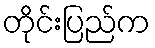
တိုင်းပြည်က